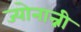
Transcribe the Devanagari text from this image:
ज्योनान्नी